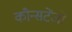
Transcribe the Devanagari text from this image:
कौन्सटेंजो